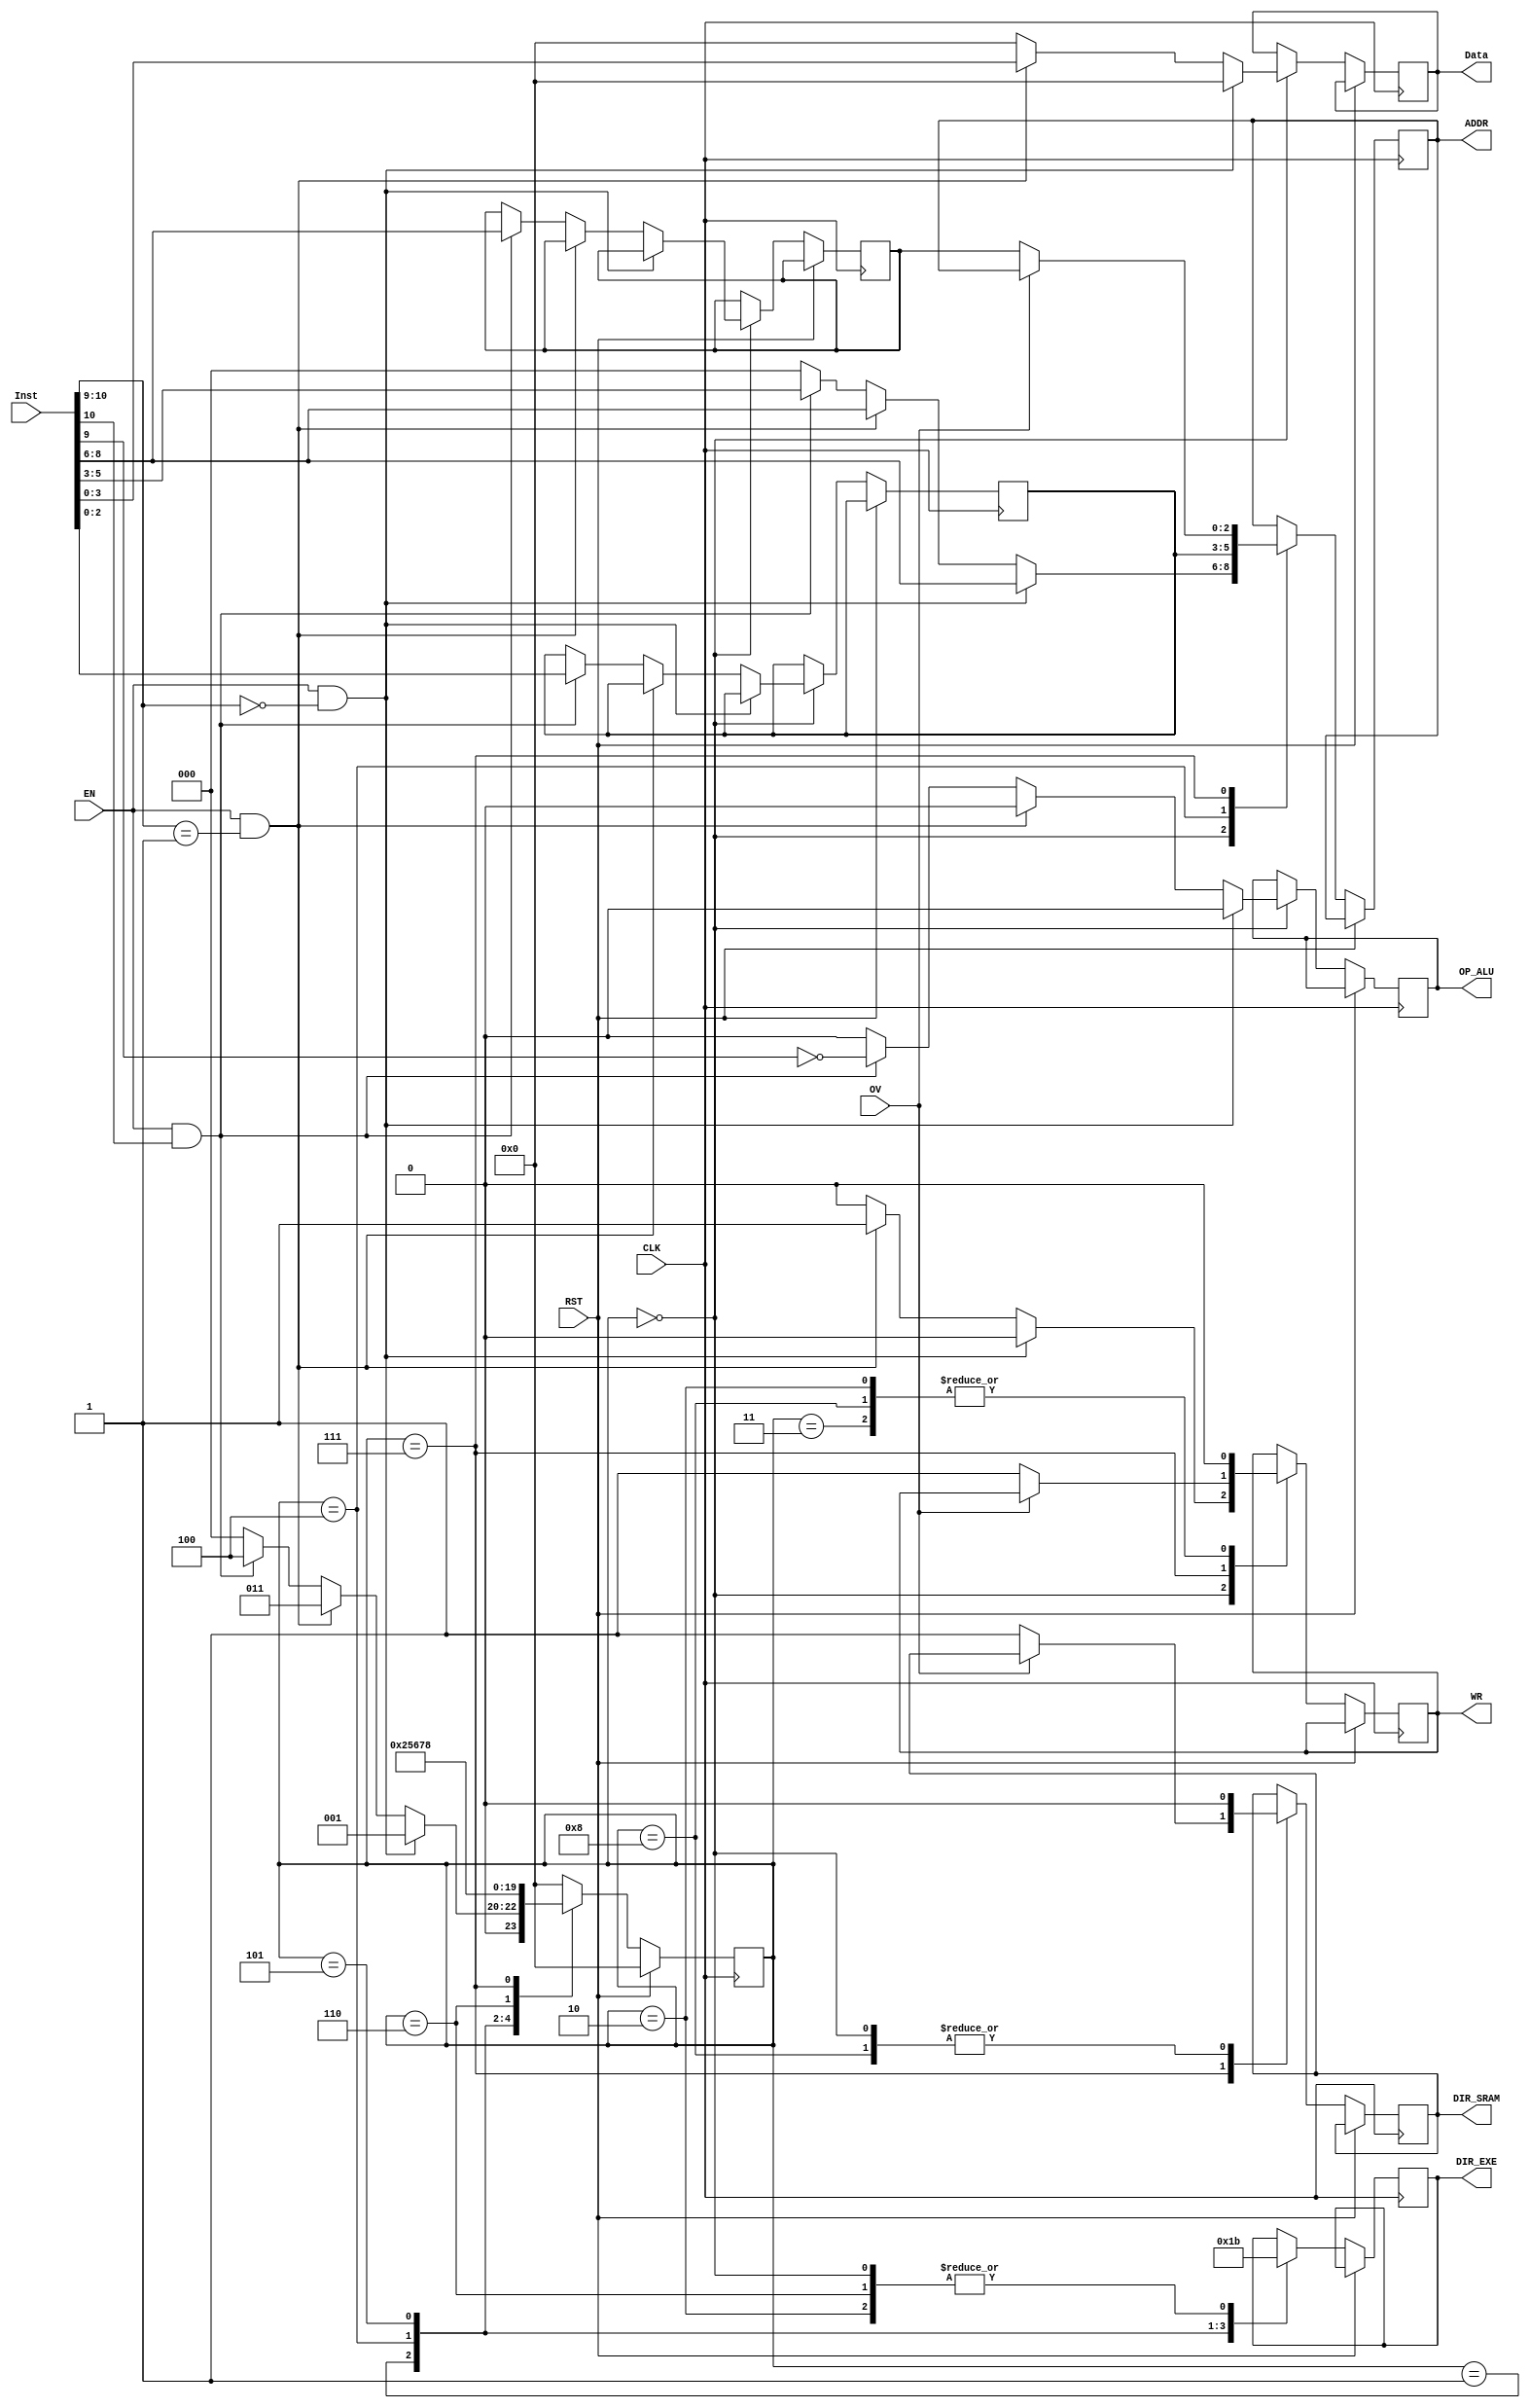
`timescale 1ns / 1ps

module Maincontroller (
    input CLK,
    input [10:0] Inst,
    input EN,
    input RST,
    input OV,
    output reg WR,
    output reg [2:0] ADDR,
    output reg [3:0] Data,
    output reg DIR_SRAM,
    output reg [1:0] DIR_EXE,
    output reg OP_ALU
);

    reg [3:0] state;
    reg [2:0] addr_0, addr_2;

    parameter [3:0] IDLE = 4'b0000,
                    DECODED_RD = 4'b0001,
                    EXECUTED_RD = 4'b0010,
                    EXECUTED_WR = 4'b0011,
                    DECODED_ADDSUB = 4'b0100,
                    LOADED_SRC1 = 4'b0101,
                    LOADED_SRC2 = 4'b0110,
                    EXECUTED = 4'b0111,
                    SAVED = 4'b1000;

    initial begin
        state = IDLE;
        DIR_EXE = 2'b11;
        DIR_SRAM = 1'b0;
        WR = 0;
        ADDR = 3'b0;
        Data = 4'b0;
        OP_ALU = 0;
    end

    always @(posedge CLK) begin
        if (RST)
            state <= IDLE;
        else begin
            case (state)
                IDLE: 
                begin
                    DIR_EXE = 2'b11;
                    DIR_SRAM = 1'b0;
                    WR = 0;
                    ADDR = 3'b0;
                    Data = 4'b0;
                    OP_ALU = 0;
                    if (EN && (Inst[10:9] == 2'b00)) begin
                        WR = 0;
                        ADDR = Inst[8:6];
                                            state = DECODED_RD;
                    end 
                    else if (EN && (Inst[10:9] == 2'b01)) begin
                        WR = 1;
                        DIR_EXE = 2'b11;
                        ADDR = Inst[8:6];
                        Data = Inst[3:0];
                                            state = EXECUTED_WR;
                    end 
                    else if (EN && Inst[10]) begin
                        ADDR = Inst[5:3];
                        addr_0 = Inst[8:6];
                        addr_2 = Inst[2:0];
                        OP_ALU = ~Inst[9];
                                            state = DECODED_ADDSUB;
                    end 
                    else
                                            state = IDLE;
                    end
                DECODED_RD: begin
                    DIR_EXE = 2'b00;
                                            state = EXECUTED_RD;
                end
                EXECUTED_RD: begin
                    WR = 0;
                    DIR_EXE = 2'b11;
                                            state = IDLE;
                end
                EXECUTED_WR: begin
                    WR = 0;
                                            state = IDLE;
                end
                DECODED_ADDSUB: begin
                    DIR_EXE = 2'b01;
                    ADDR = addr_2;
                                            state = LOADED_SRC1;
                end
                LOADED_SRC1: begin
                    DIR_EXE = 2'b10;
                                            state = LOADED_SRC2;
                end
                LOADED_SRC2: begin
                    DIR_EXE = 2'b11;
                                            state = EXECUTED;
                end
                EXECUTED: begin
                    if (!OV) begin
                        ADDR = addr_0;
                        WR = 1;
                        DIR_SRAM = 1'b1;
                    end
                                            state = SAVED;
                end
                SAVED: begin
                    WR = 0;
                    DIR_SRAM = 1'b0;
                                            state = IDLE;
                end
                default: begin
                                            state = IDLE;
                end
            endcase
        end
    end

endmodule